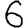
Digit: 6